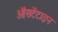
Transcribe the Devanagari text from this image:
ऑसटेंटाइन